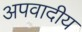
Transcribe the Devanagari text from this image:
अपवादीय